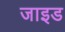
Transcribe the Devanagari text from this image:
जाइड